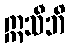
ဣသီဘိ